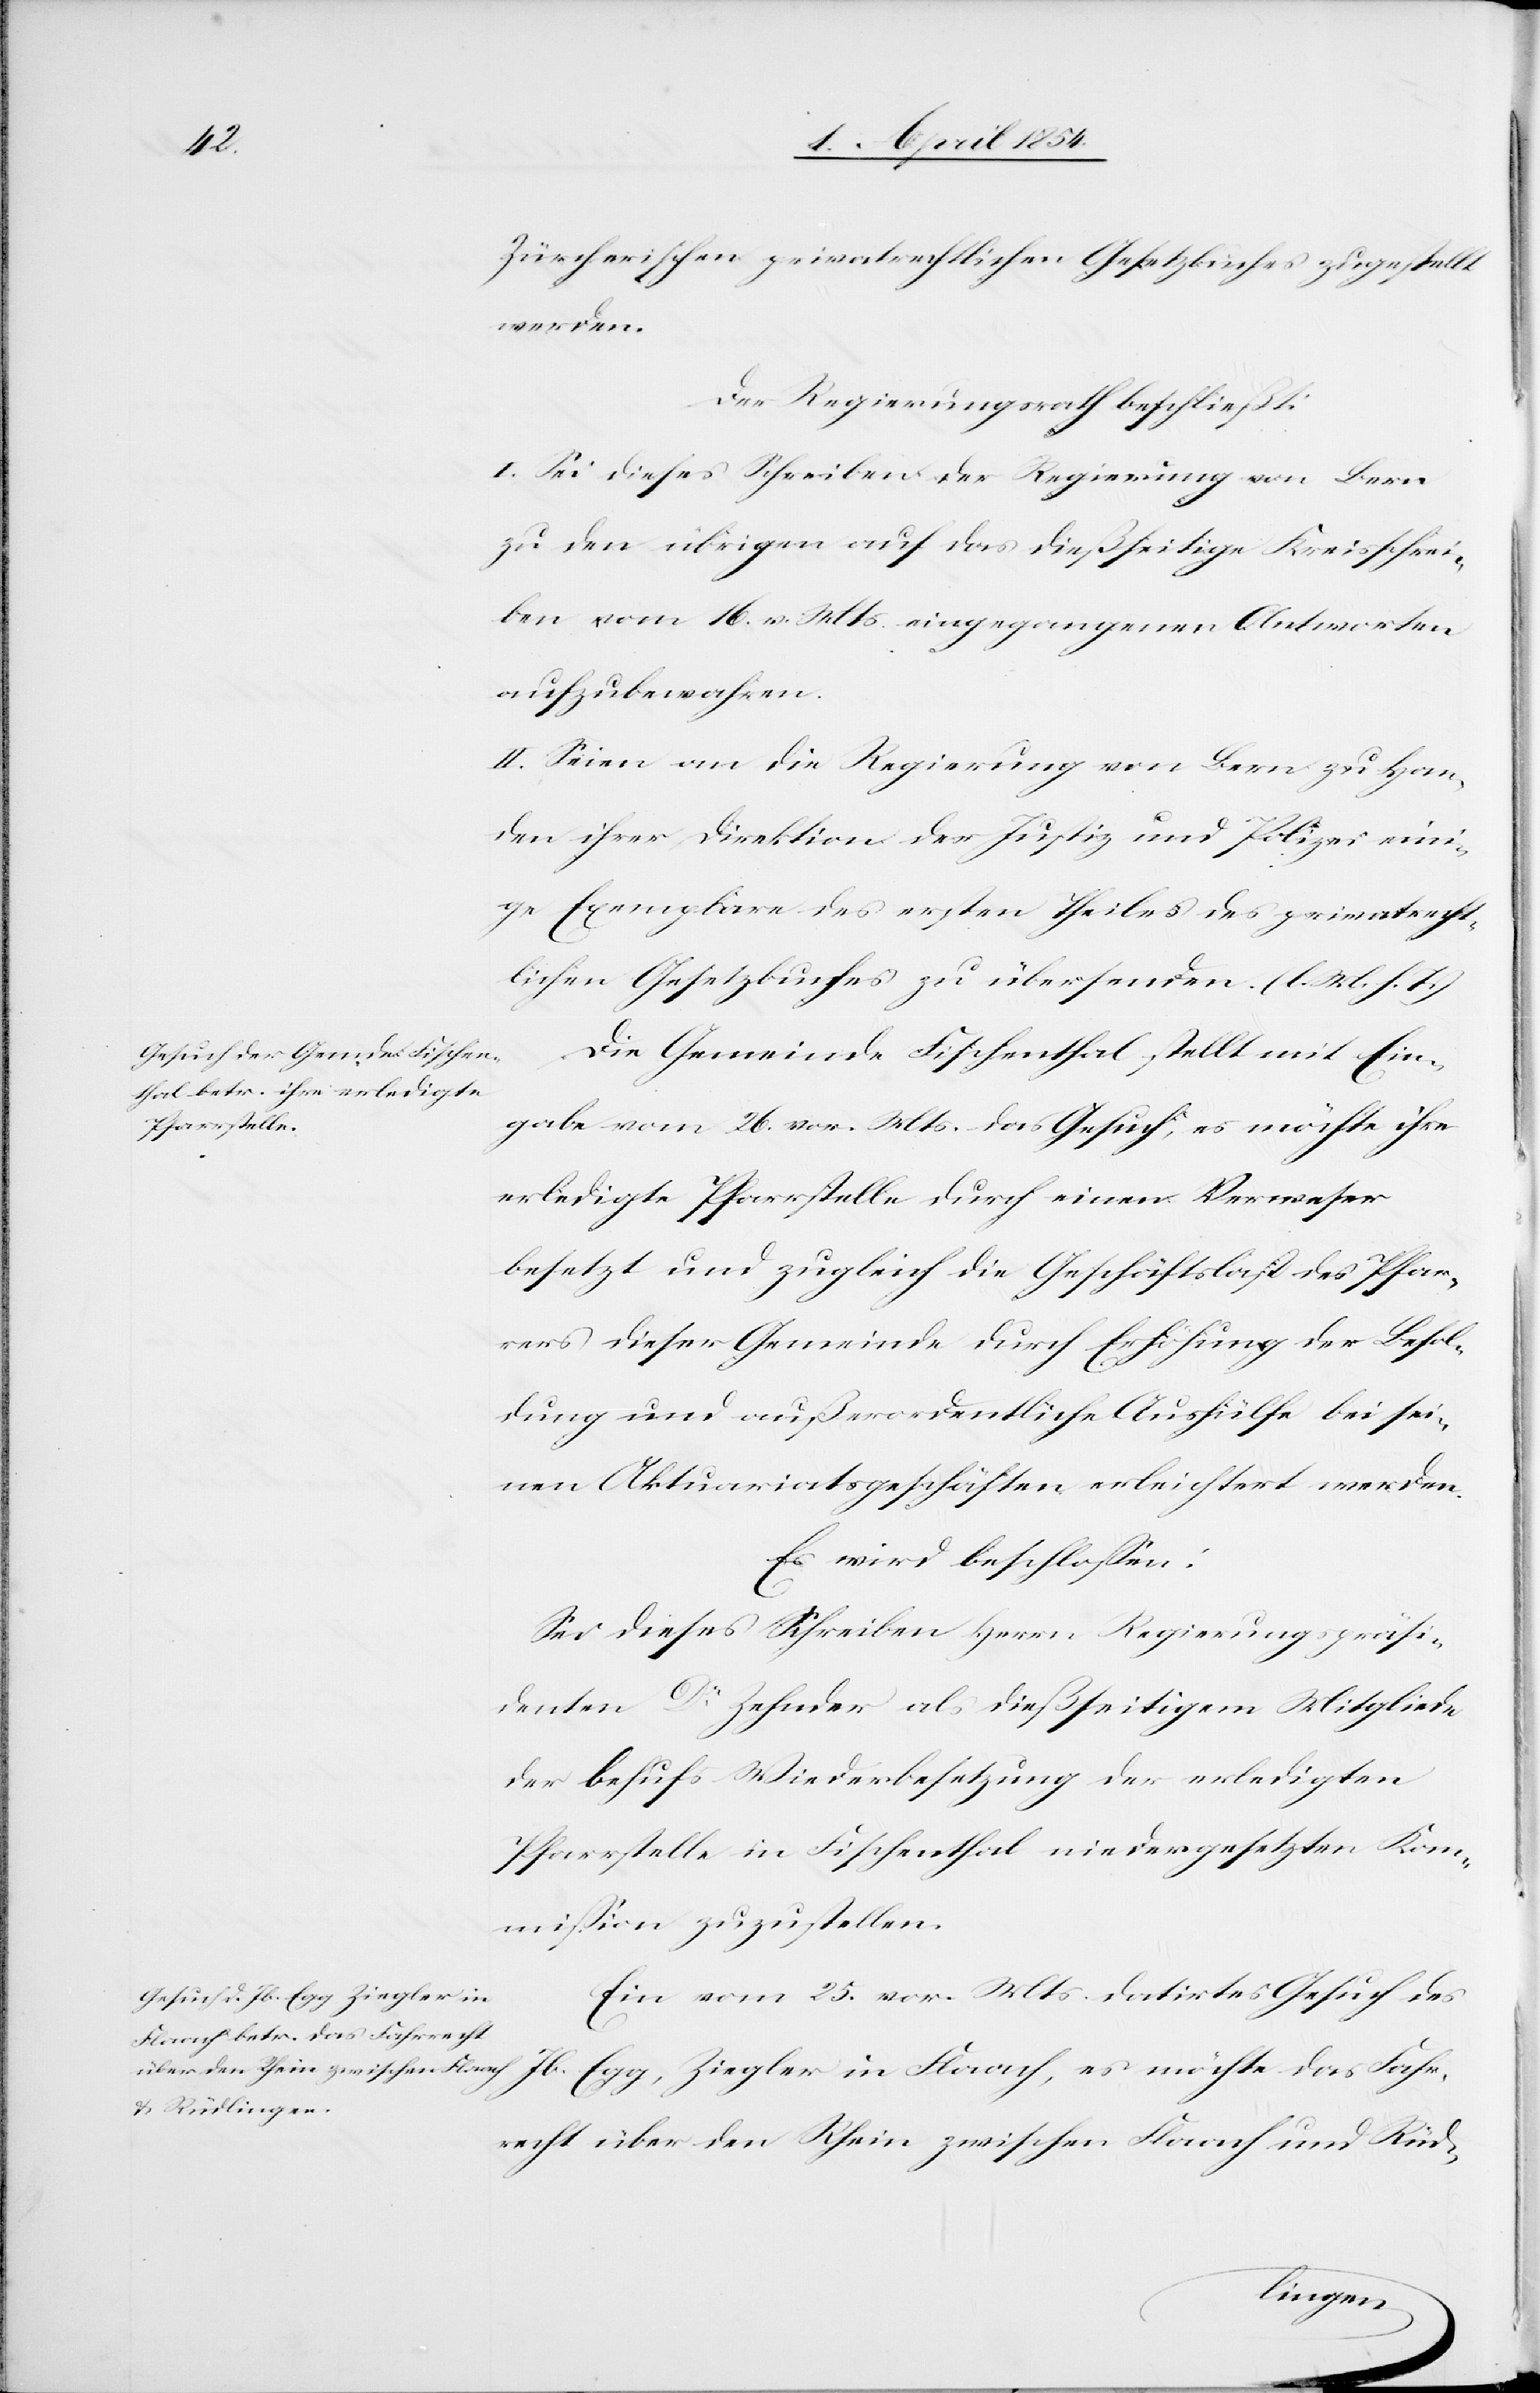
Zürcherischen privatrechtlichen Gesetzbuches zugestellt
werden.
Der Regierungsrath beschließt:
I. Sei dieses Schreiben der Regierung von Bern
zu den übrigen auf das dießseitige Kreisschrei¬
ben vom 16. v. Mts eingegangenen Antworten
aufzubewahren.
II. Seien an die Regierung von Bern zu Han¬
den ihrer Direktion der Justiz und Polizei eini¬
ge Exemplare des ersten Theiles des privatrecht¬
lichen Gesetzbuches zu übersenden. (l. M. h. T.)
Die Gemeinde Fischenthal stellt mit Ein¬
gabe vom 26. vor. Mts. das Gesuch, es möchte ihre
erledigte Pfarrstelle durch einen Verweser
besetzt und zugleich die Geschäftslast des Pfar¬
rers dieser Gemeinde durch Erhöhung der Besol¬
dung und außerordentliche Aushülfe bei sei¬
nen Aktuariatsgeschäften erleichtert werden.
Es wird beschloßen:
Sei dieses Schreiben Herrn Regierungspräsi¬
denten Dr Zehnder als dießseitigem Mitgliede
der behufs Wiederbesetzung der erledigten
Pfarrstelle in Fischenthal niedergesetzten Kom¬
mißion zuzustellen.
Ein vom 25. vor. Mts datirtes Gesuch des
Jb. Egg, Ziegler in Flaach, es möchte das Fahr¬
recht über den Rhein zwischen Flaach und Rüd-